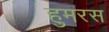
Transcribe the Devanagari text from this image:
हुमरस